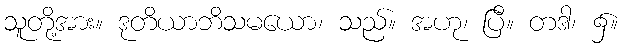
သူတို့အား။ ဒုတိယာဘိသမယော၊ သည်။ အဟု၊ ပြီ။ တဒါ၊ ၌။